Annual report on the working of the lock hospitals in the North-Western Provinces and Oudh
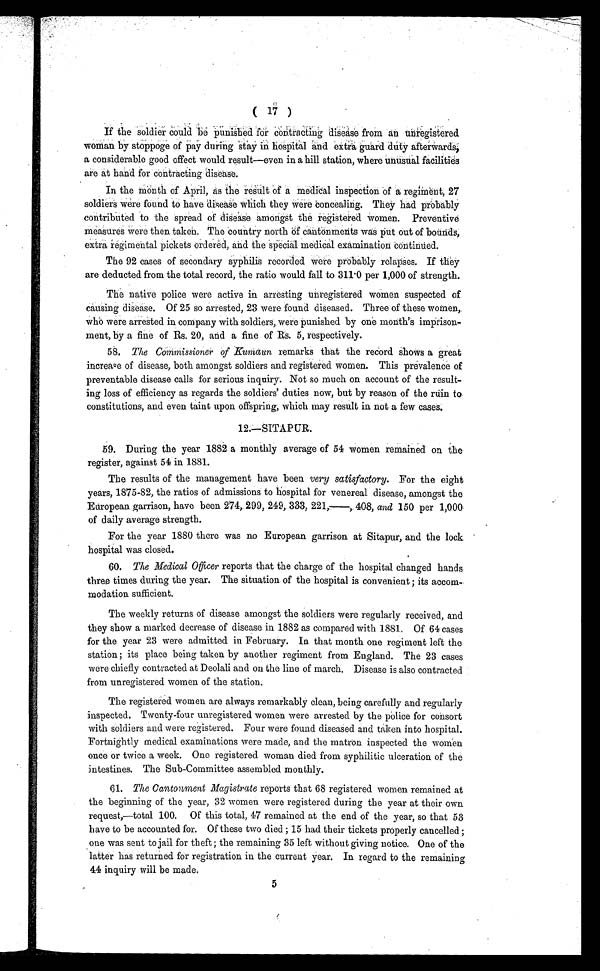
I f t he sol di er coul d be puni shed f or cont r act i ng di sease f r om an unr egi st er ed
woman by stoppoge of pay during stay in hospital and extra guard duty afterwards,
a considerable good effect would result—even in a hill station, where unusual facilities
are at hand for Contracting disease.
In the month of April, As the result of a medical inspection of a regiment; 27
soldiers were found to have disease which they were concealing. They had probably
contributed to the spread of disease amongst the registered women. Preventive
measures were then taken. The country north of cantonments was put out of bounds,
extra regimental pickets ordered, and. the special medical examination continued.
The 92 cases of secondary syphilis recorded were probably relapses. If they
are deducted from the total record, the ratio would fall to 311 .0 per 1,000 of strength.
The native police were active in arresting unregistered women suspected of
causing disease. Of 25 so arrested, 23 were found diseased. Three of these women,.
who were arrested in company with soldiers, were punished by one month's imprison
ment, by a fine of Rs. 20, and a fine of Rs. 5, respectively.
58. The Commissioner of Kumaun remarks that the record shows a great
increase of disease, both amongst soldiers and registered women. This prevalence of
preventable disease calls for serious inquiry. Not so much on account of the result
ing loss of efficiency as regards the soldiers' duties now, but by reason of the ruin to.
constitutions, and even taint upon offspring; which may result in not a few cases.
12.—SITAPUR
59. During the year 1882 a monthly average of 54 women remained on the
register, against 54 in 1881.
The results of the management have been very satisfactory. For the eight
years, 1875-82, the ratios of admissions to hospital for venereal disease, amongst the
European garrison, have been 274, 299, 249, 333, 221, —, 408, and 150 per 1, 000
of daily average strength.
For the year 1880 there was no European garrison at Sitapur, and the lock
hospital was closed.
60. The Medical Officer reports that the charge of the hospital changed hands
three times during the year. The situation of the hospital is convenient ; its accom
modation sufficient.
The weekly returns of disease amongst the soldiers were regularly received, and
they show a marked decrease of disease in 1882 as compared with 1881. Of 64 cases
for the year 23 were admitted in February. In that month one regiment left the
station ; its place being taken by another regiment from England. The 23 cases
were chiefly contracted at Deolali and on the line of march. Disease is also contracted
from unregistered women of the station.
The registered women are always remarkably clean, being carefully and regularly
inspected. Twenty-four unregistered women were arrested by the police for consort
w i t h s o l d i e r s a n d w e r e r e g i s t e r e d . F o u r w e r e f o u n d d i s e a s e d a n d t a k e n i n t o h o s p i t a l .
Fortnightly medical examinations were made, and the matron inspected the women
once or twice a week. One registered woman died from syphilitic ulceration of the
intestines. The Sub-Committee assembled monthly.
61. The Cantonment Magistrate reports that 68 registered women remained at
the beginning of the year, 32 women were registered during the year at their own
request,—total 100. Of this total, 47 remained at the end of the year, so that 53
have to be accounted for. Of these two died ; 15 had their tickets properly cancelled ;
one was sent to jail for theft ; the remaining 35 left without giving notice. One of the
latter has returned for registration in the current year. In regard to the remaining
44 inquiry will be made.
5